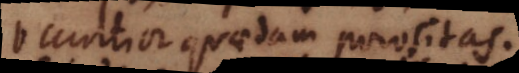
occultior quaedam porositas.